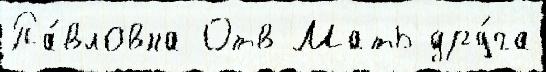
Па́вловна Отв Мать дру́га